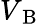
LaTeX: V_{\mathrm{~B~}}